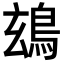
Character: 䲻